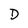
Character: D